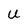
Character: u